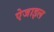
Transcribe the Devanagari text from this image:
ऐजाइल